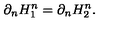
\partial _ { n } H _ { 1 } ^ { n } = \partial _ { n } H _ { 2 } ^ { n } .